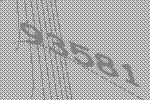
93581